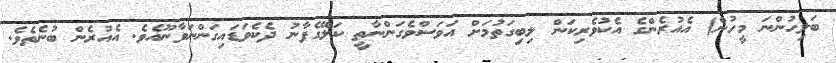
ބަލިހުންނަ މީހުން) އެއުރެންގެ އެކުވެރިކަން ލިބިގަތުމަށް އަވަސްވެގަންނާތީ ކަލޭގެފާނު ދެކެވަޑައިގަންނަވާނޫއެވެ. އެއުރެން ބުނެތެވެ.